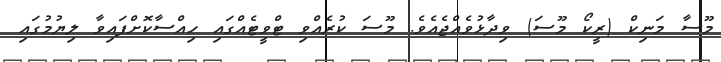
މޫސާ މަނިކް (ރީކޯ މޫސަ) ވިދާޅުވެއްޖެއެވެ. މޫސަ ކުރެއްވި ޓްވީޓެއްގައި ހިއްސާކޮށްފައިވާ ލިޔުމުގައި